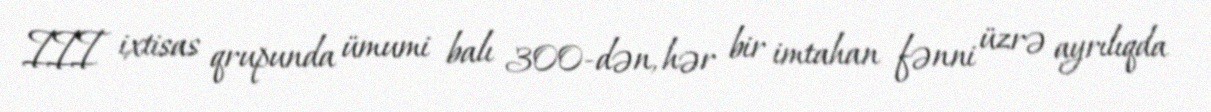
III ixtisas qrupunda ümumi balı 300-dən, hər bir imtahan fənni üzrə ayrılıqda